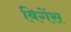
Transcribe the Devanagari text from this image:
बिगेंस